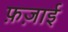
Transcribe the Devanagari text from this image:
फ़ज़ाई